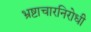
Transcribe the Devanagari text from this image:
भ्रष्टाचारनिरोधी